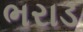
ભરાડ